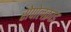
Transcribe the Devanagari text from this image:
सेपोलक्राइ